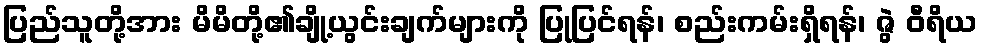
ပြည်သူတို့အား မိမိတို့၏ချို့ယွင်းချက်များကို ပြုပြင်ရန်၊ စည်းကမ်းရှိရန်၊ ဇွဲ ဝီရိယ